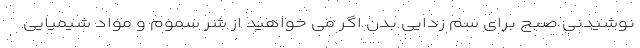
نوشیدنی صبح برای سم زدایی بدن اگر می خواهید از شر سموم و مواد شیمیایی